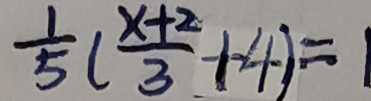
\frac { 1 } { 5 } ( \frac { x + 2 } { 3 } + 4 ) = 1